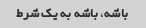
باشه، باشه به یک شرط